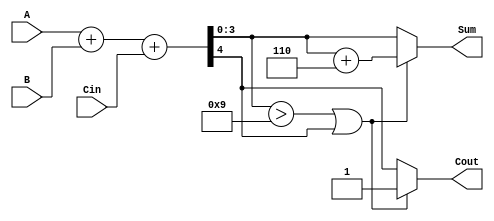
module BCD_Adder (
    input  wire [3:0] A,      // First BCD digit
    input  wire [3:0] B,      // Second BCD digit
    input  wire Cin,           // Carry input
    output reg  [3:0] Sum,     // BCD result
    output reg  Cout           // Carry output
);

    wire [4:0] S;             // Intermediate sum (5 bits to accommodate carry)
    wire correction_needed;    // Flag for correction

    // Step 1: Binary addition
    assign S = A + B + Cin;

    // Step 2: Check if correction is needed
    assign correction_needed = (S[3:0] > 4'b1001) || S[4];

    // Step 3: BCD correction logic
    always @(*) begin
        if (correction_needed) begin
            Sum = S[3:0] + 4'b0110; // Add 6 to correct
            Cout = 1;               // Set carry out
        end else begin
            Sum = S[3:0];           // No correction needed
            Cout = S[4];            // Carry out from the addition
        end
    end

endmodule